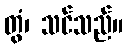
တွံ၊ သင်သည်။